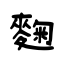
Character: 麴